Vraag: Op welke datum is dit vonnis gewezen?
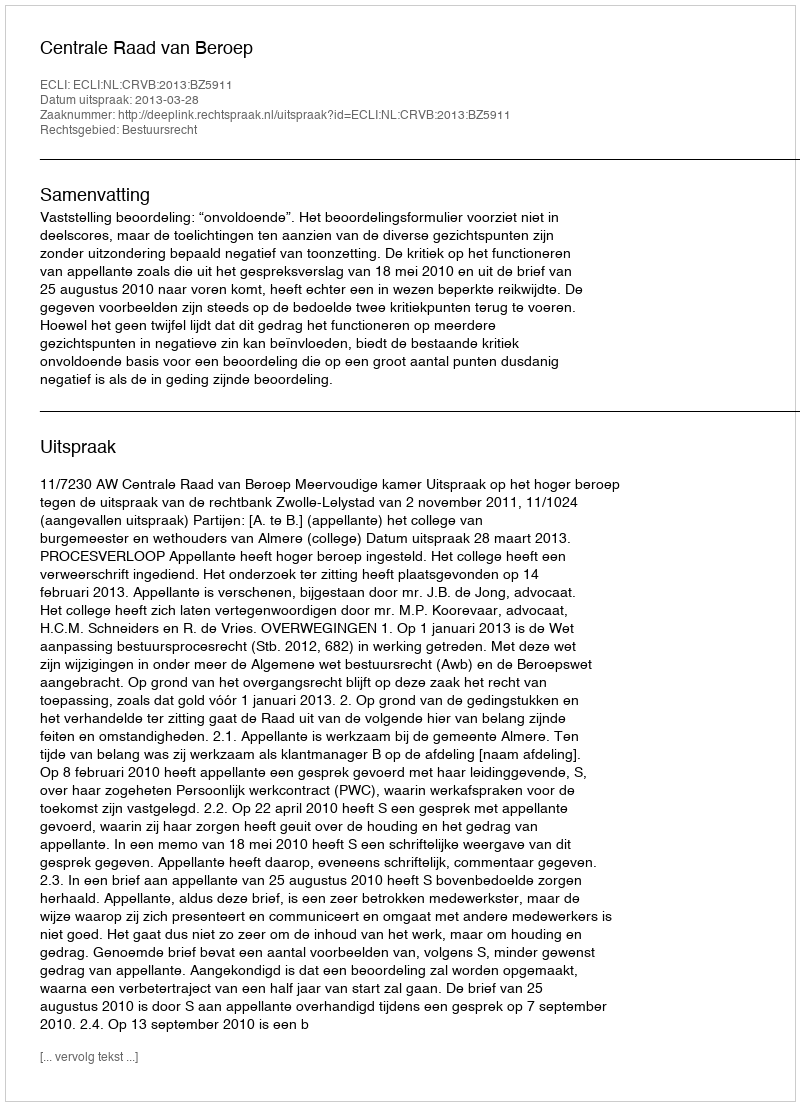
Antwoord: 2013-03-28